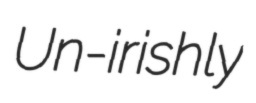
Un-irishly